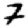
Digit: 7